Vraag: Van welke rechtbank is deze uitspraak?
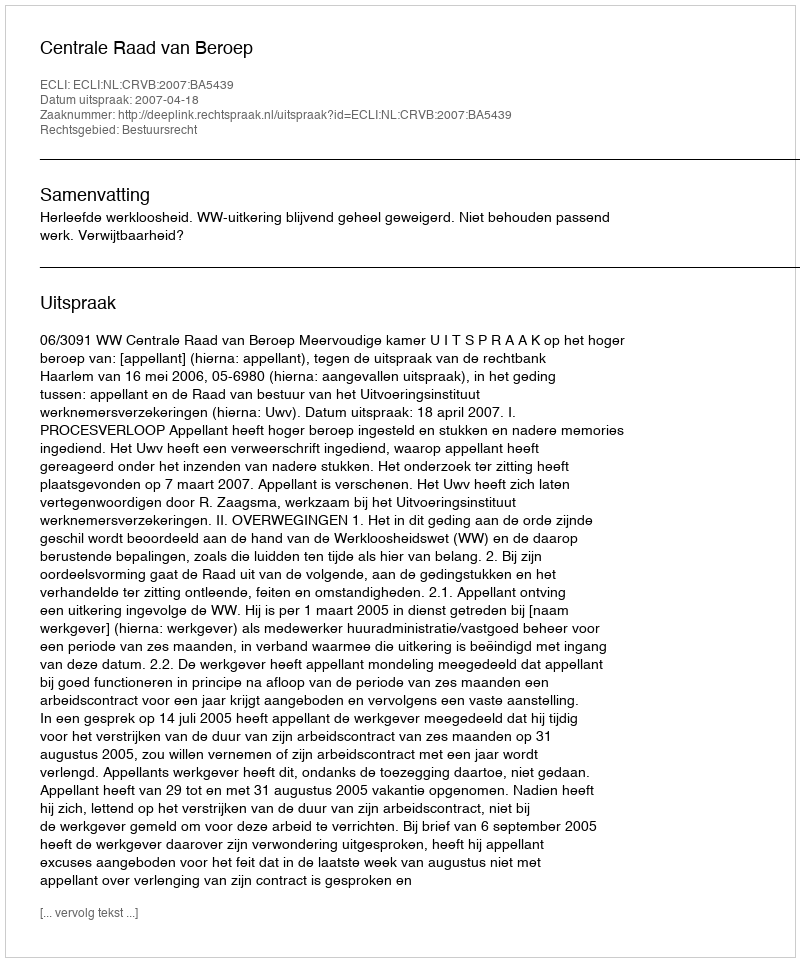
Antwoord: Centrale Raad van Beroep